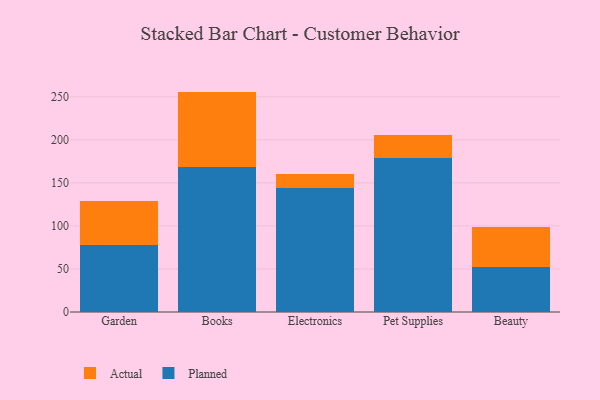
{"axis": {"x": "Category", "y": "Gross Profit (USD K)"}, "legend": ["Actual", "Planned"], "data": [{"x": "Garden", "y": 77.5, "type": "Planned"}, {"x": "Garden", "y": 51.6, "type": "Actual"}, {"x": "Books", "y": 168.9, "type": "Planned"}, {"x": "Books", "y": 87.1, "type": "Actual"}, {"x": "Electronics", "y": 144.6, "type": "Planned"}, {"x": "Electronics", "y": 15.4, "type": "Actual"}, {"x": "Pet Supplies", "y": 178.3, "type": "Planned"}, {"x": "Pet Supplies", "y": 27.4, "type": "Actual"}, {"x": "Beauty", "y": 52.2, "type": "Planned"}, {"x": "Beauty", "y": 46.9, "type": "Actual"}]}